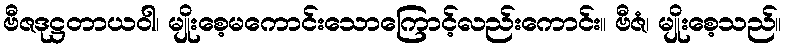
ဗီဇဒုဋ္ဌတာယဝါ၊ မျိုးစေ့မကောင်းသောကြောင့်လည်းကောင်း။ ဗီဇံ၊ မျိုးစေ့သည်။